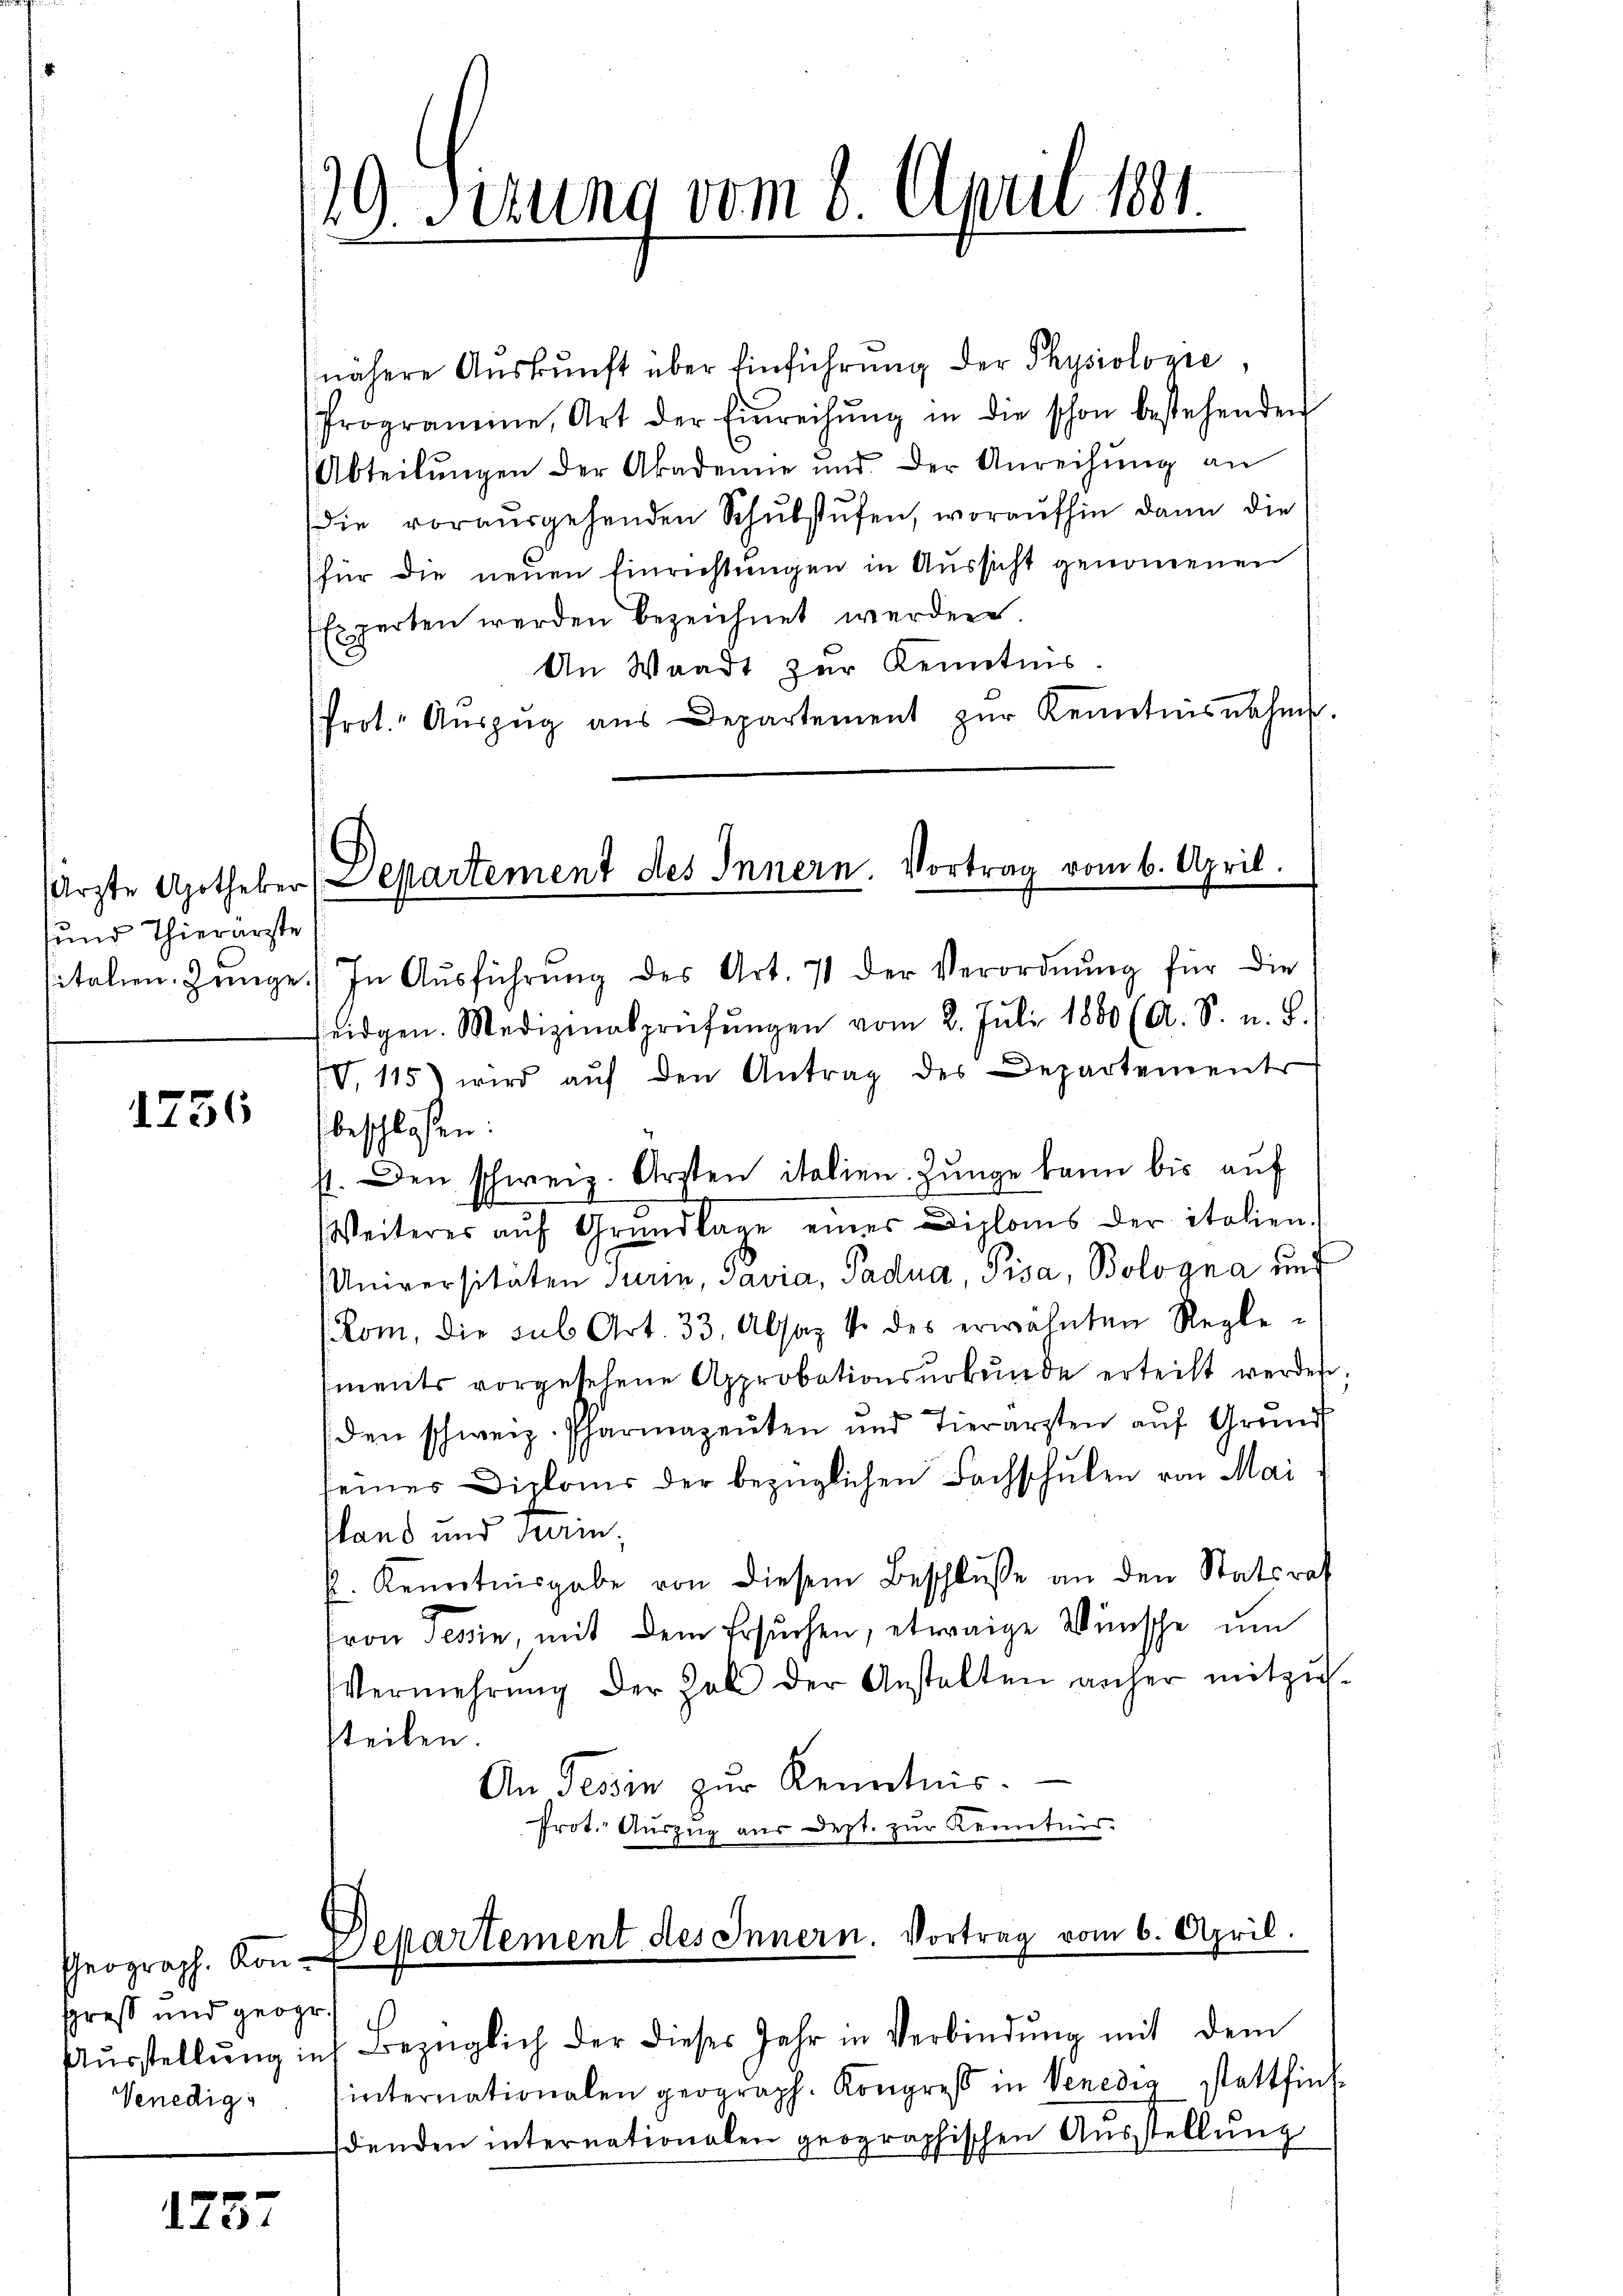
sund Thierarzte
sitalien Zeuge.

1756

Geograph. Kongreß und geogr
Venedig

1
 55

29. Serung vom 8. April 1881.

nähere Aŭskŭnft über Einführŭng der Physiologie,
Programine, Art der Einreichŭng in die schon bestehenden
Abteilŭngen der Akademie und der Anreihung an
die vorausgehenden Schulstufen, woraufhin dann die
für die neuen Einrichtungen in Aussicht genommenen
Experten werden bezeichnet werden.
An Waadt zur Kenntnis.
Prot. Aŭszŭg aŭs Departement zŭr Kenntnisnahm.

Ärzte Apotheker (Martement des Innern. Vortrag vom 6. April.

In Aŭsführŭng des Art. 7 der Verordnŭng für die
seidgen. Medizinalprüfŭngen vom 2. Juli 1880 (A. S. u. d.
IV. 115) wird aŭf den Antrag des Departements
beschlossen:
st. Den schweiz. Arzten italien. Junge kann bis aŭf
Weiteres aŭf Grŭndlage eines Diploms der italien.
Universitäten Turin, Pavia, Padua, Pisa, Bologna auf
(Rom, die sub Art. 33, Absaz 40 des erwähnten Regle-
ments vorgesehene Approbationsurkunde erteilt werden,
(den schweiz. Pharmazeŭten und Tierarzten aŭf Grund
seines Diploms der bezüglichen Fachschulen von Mai
sland und Farin,
p. Kenntnisgabe von diesem Beschluße an den Statsrat
von Tessin, mit dem Ersuchen, etwaige Wünsche um
Vermehrŭng der hab der Anstalten anher mitzŭ-
steilen.
An Tessin zur Kenntnis.
Prot. Auszug aus Dept. zur Kenntnis.

Departement des Innern. Vortrag vom 6. April.

Aŭsstellŭng in Bezüglich der dieses Jahr in Verbindŭng mit dem
internationalen geograph. Kongress in Venedia stattfind
denden internationalen geographischen Aŭsstellŭng